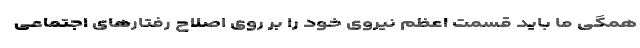
همگی ما باید قسمت اعظم نیروی خود را بر روی اصلاح رفتارهای اجتماعی